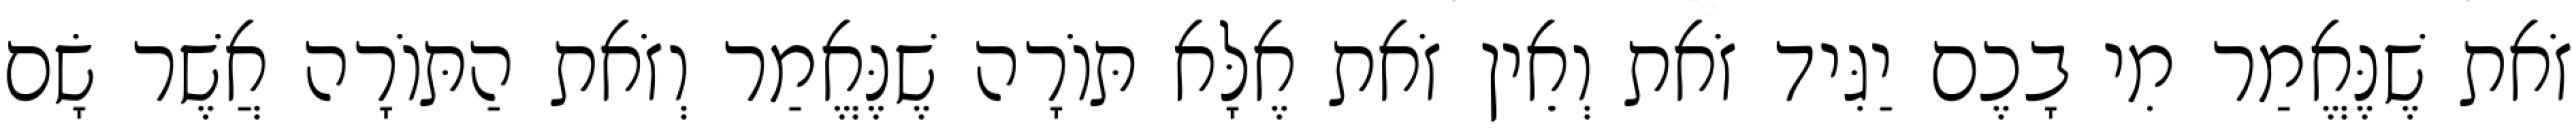
זֹאת שֶׁנֶּאֱמַר מִי בָכֶם יַגִּיד זֹאת וְאֵין זֹאת אֶלָּא תּוֹרָה שֶׁנֶּאֱמַר וְזֹאת הַתּוֹרָה אֲשֶׁר שָׂם